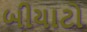
બીયાટો